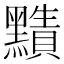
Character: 𪒦